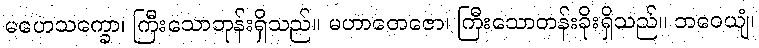
မဟေသက္ခော၊ ကြီးသောဘုန်းရှိသည်။ မဟာတေဇော၊ ကြီးသောတန်းခိုးရှိသည်။ ဘဝေယျံ၊